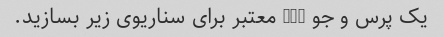
یک پرس و جو SQL معتبر برای سناریوی زیر بسازید.